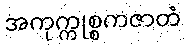
အကုက္ကုစ္စကဇာတံ